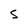
Character: s